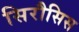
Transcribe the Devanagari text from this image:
सिरौसिस